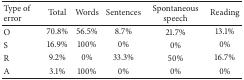
| Type of error | Total | Words | Sentences | Spontaneous speech | Reading |
 | --- | --- | --- | --- | --- | --- |
 | O | 70.8% | 56.5% | 8.7% | 21.7% | 13.1% |
 | S | 16.9% | 100% | 0% | 0% | 0% |
 | R | 9.2% | 0% | 33.3% | 50% | 16.7% |
 | A | 3.1% | 100% | 0% | 0% | 0% |